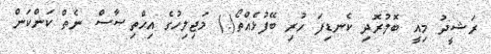
ރަޝީދު މިއީ ބޮލުރޮދި ކެނޑިފަ ހުރި ބޭފުޅެއްތޯ(.) މަޖިލިހުގެ އިޙްތިޞާސް ނެތް ކަންކަން